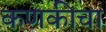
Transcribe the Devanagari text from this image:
कणकीचा